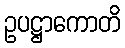
ဥပဋ္ဌာကောတိ